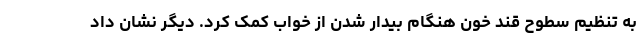
به تنظیم سطوح قند خون هنگام بیدار شدن از خواب کمک کرد. دیگر نشان داد